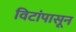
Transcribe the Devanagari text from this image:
विटांपासून